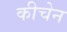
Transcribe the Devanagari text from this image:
कीचेन